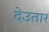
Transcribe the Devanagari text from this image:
देउतार